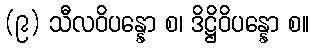
(၉) သီလဝိပန္နော စ၊ ဒိဋ္ဌိဝိပန္နော စ။